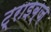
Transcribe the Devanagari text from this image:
ट्राइब्ज़